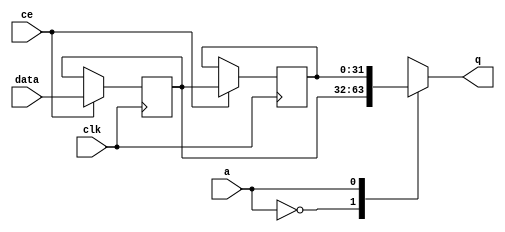
// ==============================================================
// File generated by Vivado(TM) HLS - High-Level Synthesis from C, C++ and SystemC
// Version: 2017.4
// Copyright (C) 1986-2017 Xilinx, Inc. All Rights Reserved.
// 
// ==============================================================


`timescale 1 ns / 1 ps

module fifo_w32_d1_A_shiftReg (
    clk,
    data,
    ce,
    a,
    q);

parameter DATA_WIDTH = 32'd32;
parameter ADDR_WIDTH = 32'd1;
parameter DEPTH = 32'd2;

input clk;
input [DATA_WIDTH-1:0] data;
input ce;
input [ADDR_WIDTH-1:0] a;
output [DATA_WIDTH-1:0] q;

reg[DATA_WIDTH-1:0] SRL_SIG [0:DEPTH-1];
integer i;

always @ (posedge clk)
    begin
        if (ce)
        begin
            for (i=0;i<DEPTH-1;i=i+1)
                SRL_SIG[i+1] <= SRL_SIG[i];
            SRL_SIG[0] <= data;
        end
    end

assign q = SRL_SIG[a];

endmodule

module fifo_w32_d1_A (
    clk,
    reset,
    if_empty_n,
    if_read_ce,
    if_read,
    if_dout,
    if_full_n,
    if_write_ce,
    if_write,
    if_din);

parameter MEM_STYLE   = "auto";
parameter DATA_WIDTH  = 32'd32;
parameter ADDR_WIDTH  = 32'd1;
parameter DEPTH       = 32'd2;

input clk;
input reset;
output if_empty_n;
input if_read_ce;
input if_read;
output[DATA_WIDTH - 1:0] if_dout;
output if_full_n;
input if_write_ce;
input if_write;
input[DATA_WIDTH - 1:0] if_din;

wire[ADDR_WIDTH - 1:0] shiftReg_addr ;
wire[DATA_WIDTH - 1:0] shiftReg_data, shiftReg_q;
wire                     shiftReg_ce;
reg[ADDR_WIDTH:0] mOutPtr = {(ADDR_WIDTH+1){1'b1}};
reg internal_empty_n = 0, internal_full_n = 1;

assign if_empty_n = internal_empty_n;
assign if_full_n = internal_full_n;
assign shiftReg_data = if_din;
assign if_dout = shiftReg_q;

always @ (posedge clk) begin
    if (reset == 1'b1)
    begin
        mOutPtr <= ~{ADDR_WIDTH+1{1'b0}};
        internal_empty_n <= 1'b0;
        internal_full_n <= 1'b1;
    end
    else begin
        if (((if_read & if_read_ce) == 1 & internal_empty_n == 1) && 
            ((if_write & if_write_ce) == 0 | internal_full_n == 0))
        begin
            mOutPtr <= mOutPtr - 1;
            if (mOutPtr == 0)
                internal_empty_n <= 1'b0;
            internal_full_n <= 1'b1;
        end 
        else if (((if_read & if_read_ce) == 0 | internal_empty_n == 0) && 
            ((if_write & if_write_ce) == 1 & internal_full_n == 1))
        begin
            mOutPtr <= mOutPtr + 1;
            internal_empty_n <= 1'b1;
            if (mOutPtr == DEPTH - 2)
                internal_full_n <= 1'b0;
        end 
    end
end

assign shiftReg_addr = mOutPtr[ADDR_WIDTH] == 1'b0 ? mOutPtr[ADDR_WIDTH-1:0]:{ADDR_WIDTH{1'b0}};
assign shiftReg_ce = (if_write & if_write_ce) & internal_full_n;

fifo_w32_d1_A_shiftReg 
#(
    .DATA_WIDTH(DATA_WIDTH),
    .ADDR_WIDTH(ADDR_WIDTH),
    .DEPTH(DEPTH))
U_fifo_w32_d1_A_ram (
    .clk(clk),
    .data(shiftReg_data),
    .ce(shiftReg_ce),
    .a(shiftReg_addr),
    .q(shiftReg_q));

endmodule